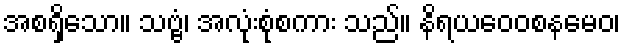
အစရှိသော။ သဗ္ဗံ၊ အလုံးစုံစကား သည်။ နိရယဝေဝစနမေဝ၊